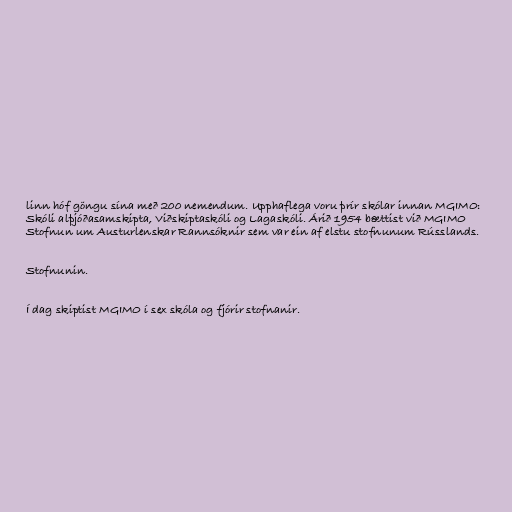
linn hóf göngu sína með 200 nemendum. Upphaflega voru þrír skólar innan MGIMO:
Skóli alþjóðasamskipta, Viðskiptaskóli og Lagaskóli. Árið 1954 bættist við MGIMO
Stofnun um Austurlenskar Rannsóknir sem var ein af elstu stofnunum Rússlands.

Stofnunin.

Í dag skiptist MGIMO í sex skóla og fjórir stofnanir.